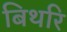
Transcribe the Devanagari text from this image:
बिथरि